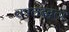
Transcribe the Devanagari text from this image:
उपलब्द्धता